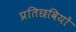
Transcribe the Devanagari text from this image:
प्रतिछवियों